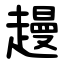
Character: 䟂